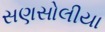
સણસોલીયા